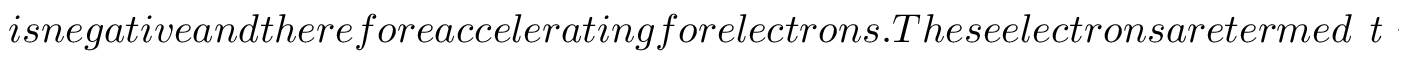
i s n e g a t i v e a n d t h e r e f o r e a c c e l e r a t i n g f o r e l e c t r o n s . T h e s e e l e c t r o n s a r e t e r m e d \textit { t r a p p e d e l e c t r o n s } . I n o r d e r t o d e t e r m i n e t h e t h r e s h o l d